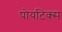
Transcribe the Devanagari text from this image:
पोयटिक्स